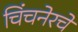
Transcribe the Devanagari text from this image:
चिंचनेरचे